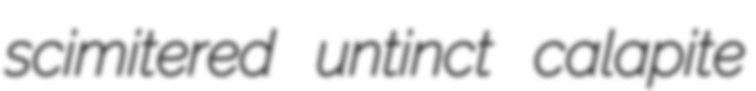
scimitered untinct calapite